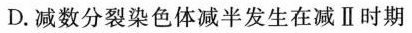
D.减数分裂染色体减半发生在减Ⅱ时期